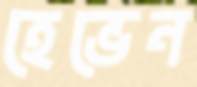
হেভেন